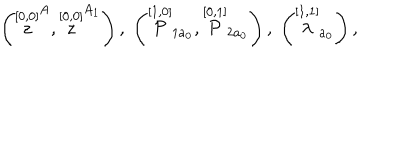
LaTeX: \left( \stackrel { [ 0 , 0 ] } { z } ^ { A } , \stackrel { [ 0 , 0 ] } { z } ^ { A _ { 1 } } \right) , \; \left( \stackrel { [ 1 , 0 ] } { \cal P } _ { 1 a _ { 0 } } , \stackrel { [ 0 , 1 ] } { \cal P } _ { 2 a _ { 0 } } \right) , \; \left( \stackrel { [ 1 , 1 ] } { \lambda } _ { a _ { 0 } } \right) ,